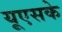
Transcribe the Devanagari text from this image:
यूएसके